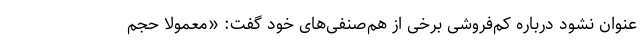
عنوان نشود درباره کم‌فروشی برخی از هم‌صنفی‌های خود گفت: «معمولاً حجم